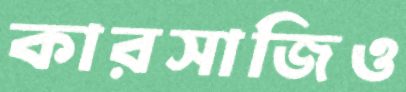
কারসাজিও